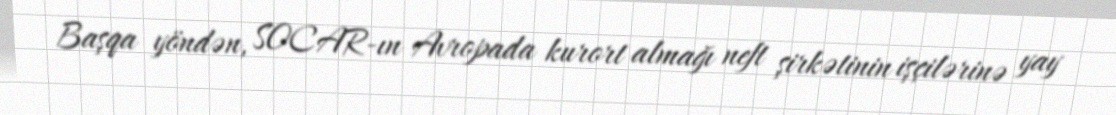
Başqa yöndən, SOCAR-ın Avropada kurort almağı neft şirkətinin işçilərinə yay